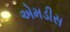
એમડીસ